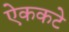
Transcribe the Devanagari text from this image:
ऐककटे